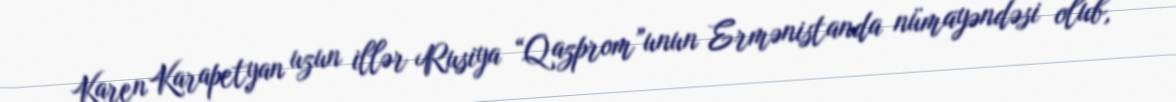
Karen Karapetyan uzun illər Rusiya “Qazprom”unun Ermənistanda nümayəndəsi olub,